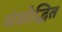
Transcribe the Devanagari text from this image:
संशोद्धित